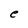
Character: e